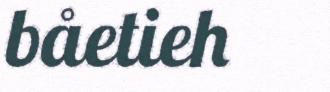
båetieh